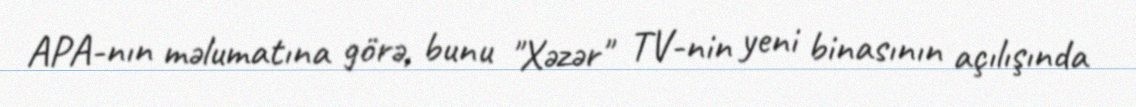
APA-nın məlumatına görə, bunu "Xəzər" TV-nin yeni binasının açılışında